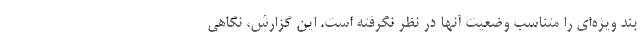
بند ويژه‌اي را متناسب وضعيت آنها در نظر نگرفته است. اين گزارش، نگاهي